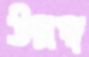
উল্লম্ব